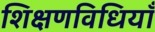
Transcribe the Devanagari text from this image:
शिक्षणविधियाँ